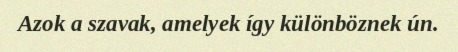
Azok a szavak, amelyek így különböznek ún.